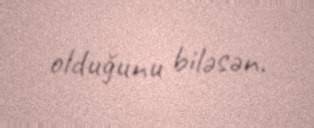
olduğunu biləsən.